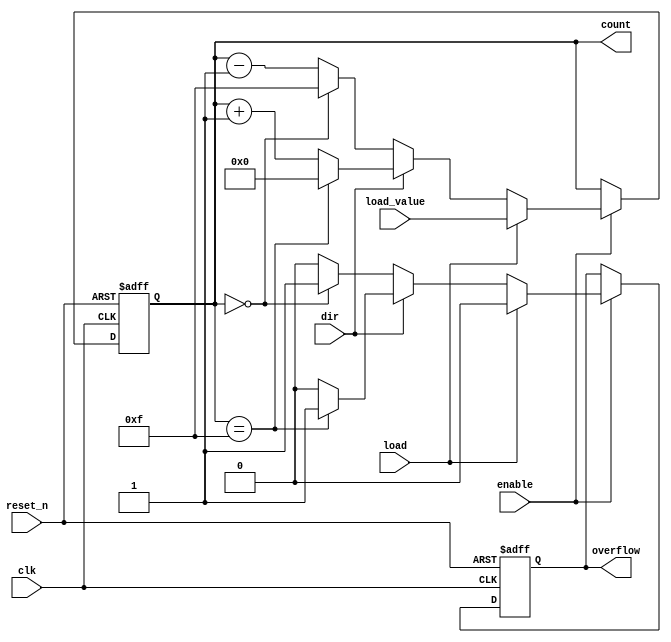
module SynchronousCounter (
    input wire clk,          // Clock input
    input wire reset_n,     // Active low asynchronous reset
    input wire enable,       // Enable signal
    input wire load,        // Load signal
    input wire [3:0] load_value, // Value to load when load signal is high
    input wire dir,          // Direction control (1 for up, 0 for down)
    output reg [3:0] count,  // 4-bit counter output
    output reg overflow       // Overflow flag (for up counting)
);

    // Initial count value
    initial begin
        count = 4'b0000;
        overflow = 1'b0;
    end

    // Synchronous counter logic
    always @(posedge clk or negedge reset_n) begin
        if (!reset_n) begin
            // Asynchronous reset
            count <= 4'b0000;  
            overflow <= 1'b0;
        end else if (enable) begin
            if (load) begin
                // Load the predefined value
                count <= load_value;
                overflow <= 1'b0; // Reset overflow on load
            end else begin
                // Count up or down
                if (dir) begin
                    // Counting up
                    if (count == 4'b1111) begin
                        count <= 4'b0000; // Reset to 0 on overflow
                        overflow <= 1'b1; // Set overflow flag
                    end else begin
                        count <= count + 1'b1;
                        overflow <= 1'b0; // Clear overflow flag
                    end
                end else begin
                    // Counting down
                    if (count == 4'b0000) begin
                        count <= 4'b1111; // Wrap around to max value on underflow
                        overflow <= 1'b1; // Set overflow flag for underflow
                    end else begin
                        count <= count - 1'b1;
                        overflow <= 1'b0; // Clear overflow flag
                    end
                end
            end
        end
    end

endmodule